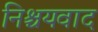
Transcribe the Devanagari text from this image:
निश्चयवाद